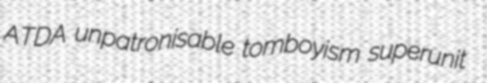
ATDA unpatronisable tomboyism superunit